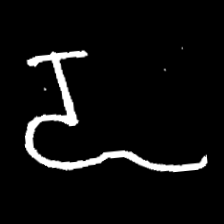
Pyu character \u2014 Myanmar letter: ဍ (romanized: dda)